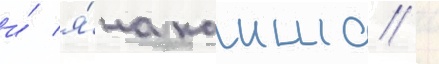
и́ я́на каиша /